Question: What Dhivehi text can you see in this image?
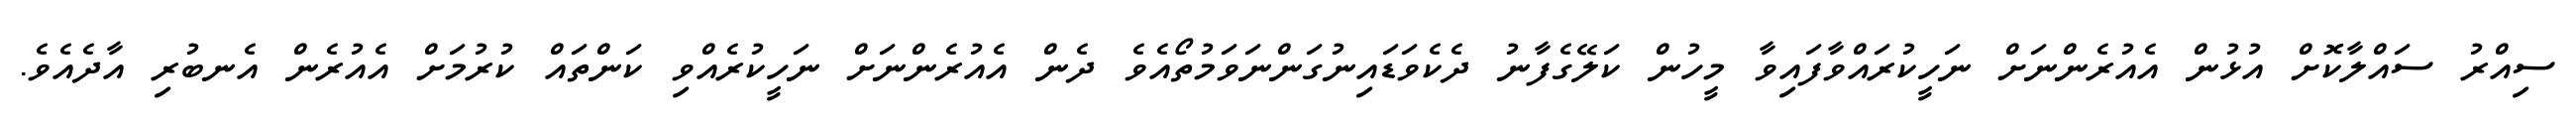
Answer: ސިއްރު ސައްލާކޮށް އުޅުން އެއުރެންނަށް ނަހީކުރައްވާފައިވާ މީހުން ކަލޭގެފާނު ދެކެވަޑައިނުގަންނަވަމުތޯއެވެ ދެން އެއުރެންނަށް ނަހީކުރެއްވި ކަންތައް ކުރުމަށް އެއުރެން އެނބުރި އާދެއެވެ.